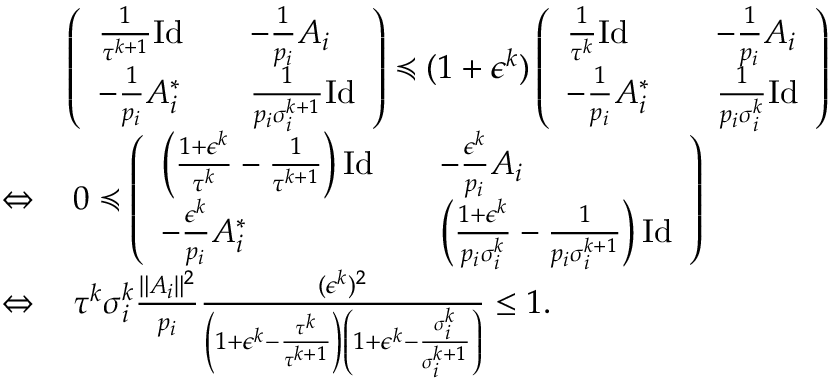
\begin{array} { r l } & { \left( \begin{array} { l l l } { \frac { 1 } { \tau ^ { k + 1 } } \mathrm { I d } } & & { - \frac { 1 } { p _ { i } } A _ { i } } \\ { - \frac { 1 } { p _ { i } } A _ { i } ^ { * } } & & { \frac { 1 } { p _ { i } \sigma _ { i } ^ { k + 1 } } \mathrm { I d } } \end{array} \right) \preccurlyeq ( 1 + \epsilon ^ { k } ) \left( \begin{array} { l l l } { \frac { 1 } { \tau ^ { k } } \mathrm { I d } } & & { - \frac { 1 } { p _ { i } } A _ { i } } \\ { - \frac { 1 } { p _ { i } } A _ { i } ^ { * } } & & { \frac { 1 } { p _ { i } \sigma _ { i } ^ { k } } \mathrm { I d } } \end{array} \right) } \\ { \Leftrightarrow } & { \, 0 \preccurlyeq \left( \begin{array} { l l l } { \left( \frac { 1 + \epsilon ^ { k } } { \tau ^ { k } } - \frac { 1 } { \tau ^ { k + 1 } } \right) \mathrm { I d } } & & { - \frac { \epsilon ^ { k } } { p _ { i } } A _ { i } } \\ { - \frac { \epsilon ^ { k } } { p _ { i } } A _ { i } ^ { * } } & & { \left( \frac { 1 + \epsilon ^ { k } } { p _ { i } \sigma _ { i } ^ { k } } - \frac { 1 } { p _ { i } \sigma _ { i } ^ { k + 1 } } \right) \mathrm { I d } } \end{array} \right) } \\ { \Leftrightarrow } & { \, \tau ^ { k } \sigma _ { i } ^ { k } \frac { \| A _ { i } \| ^ { 2 } } { p _ { i } } \frac { ( \epsilon ^ { k } ) ^ { 2 } } { \left( 1 + \epsilon ^ { k } - \frac { \tau ^ { k } } { \tau ^ { k + 1 } } \right) \left( 1 + \epsilon ^ { k } - \frac { \sigma _ { i } ^ { k } } { \sigma _ { i } ^ { k + 1 } } \right) } \leq 1 . } \end{array}